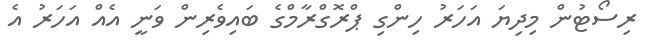
ރިސޯޓުން މިދިޔަ އަހަރު ހިންގި ޕްރޮގްރާމްގެ ބައިވެރިން ވަނީ އެއް އަހަރު އެ